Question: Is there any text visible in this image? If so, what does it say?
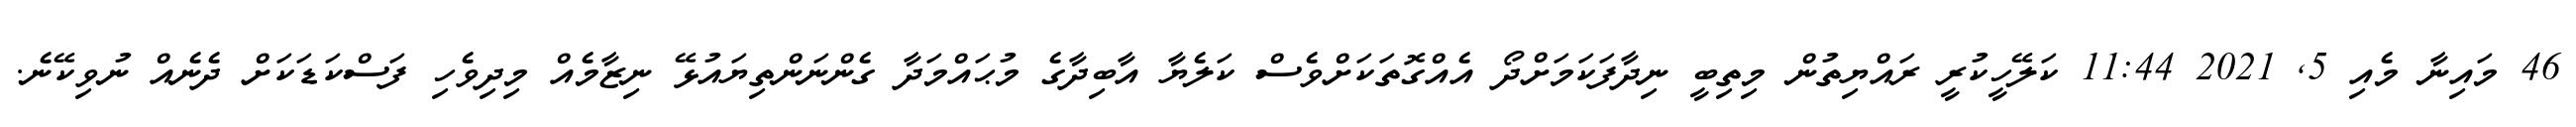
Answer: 46 މައިނާ މެއި 5, 2021 11:44 ކަލޭހީކުރީ ރައްޔިތުން މިތިބީ ނިދާފަކަމަށްދޯ އެއްގޮތަކަށްވެސް ކަލެޔާ އާބިދާގެ މުޙައްމަދާ ގެންނަންތިޔައުޅޭ ނިޒާމެއް މިދިވެހި ފަސްކަޑަކަށް ދެނެއް ނުވިކޭނެ.